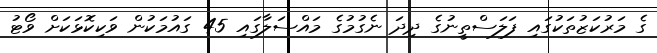
ގެ މަރުކަޒުތަކުގައި ފަލަސްތީނުގެ ދިދަ ނެގުމުގެ މައްސަލާގައި 45 ގައުމަކުން ވަކިކޮޅަކަށް ވޯޓު